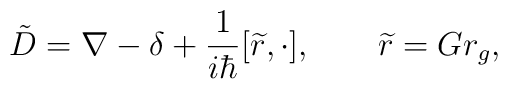
\tilde D=\nabla -\delta +\frac 1{i\hbar }[\widetilde{r},\cdot ],\qquad \widetilde{r}=Gr_g,